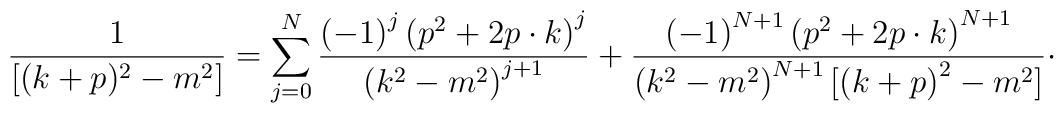
\frac{1}{[(k+p)^{2}-m^{2}]}=\sum_{j=0}^{N}\frac{\left( -1\right) ^{j}\left(p^{2}+2p\cdot k\right) ^{j}}{\left( k^{2}-m^{2}\right) ^{j+1}}+\frac{\left(-1\right) ^{N+1}\left( p^{2}+2p\cdot k\right) ^{N+1}}{\left(k^{2}-m^{2}\right) ^{N+1}[\left( k+p\right) ^{2}-m^{2}]}\cdot